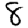
Digit: 8